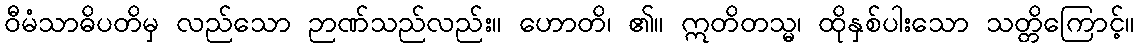
ဝီမံသာဓိပတိမှ လည်သော ဉာဏ်သည်လည်း။ ဟောတိ၊ ၏။ ဣတိတသ္မ၊ ထိုနှစ်ပါးသော သတ္တိကြောင့်။